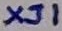
Text: XJ1